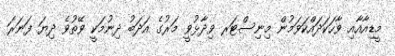
މީޑިއާއާއި ވާހަކަދައްކަވަމުން މިނިސްޓަރ ވިދާޅުވީ މަރުގެ އަދަބު ދިނުމަކީ ވޭތުވެ ދިޔަ ފަނަރަ